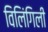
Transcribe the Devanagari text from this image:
विलिंगिली